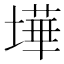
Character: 墷